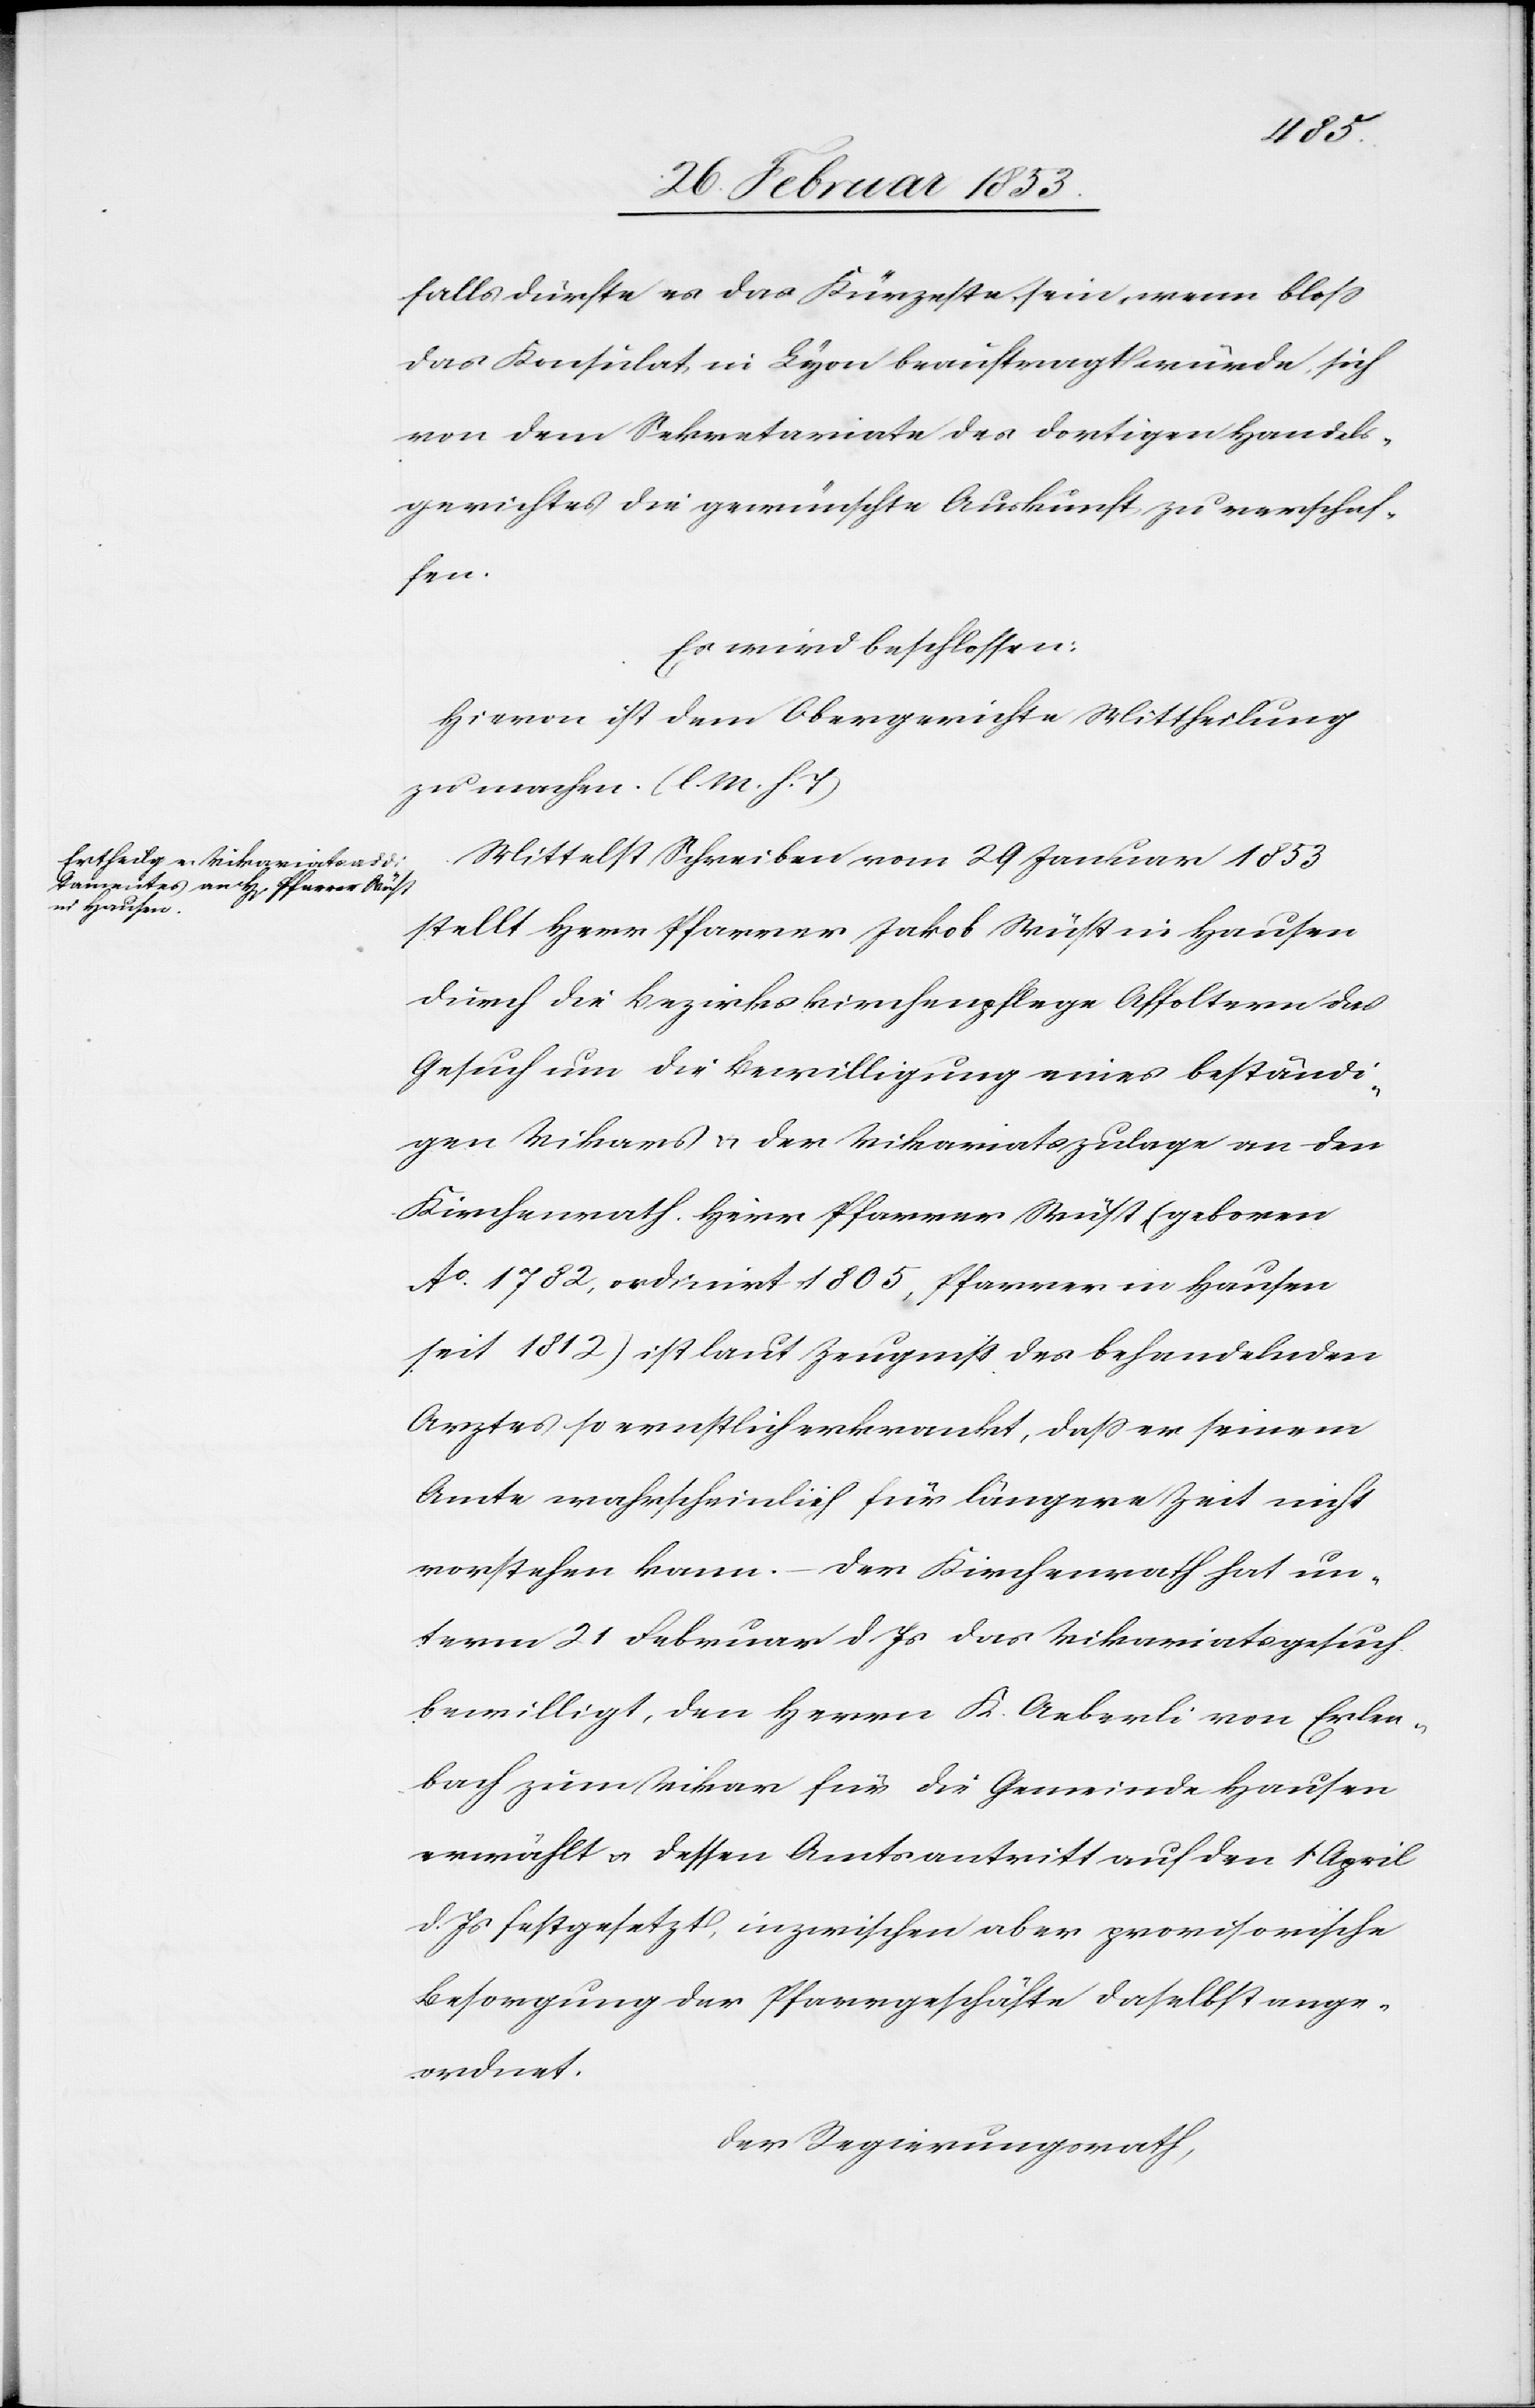
falls dürfte es das Kürzeste sein, wenn bloß
das Konsulat, in Lyon beauftragt würde, sich
von dem Sekretariate des dortigen Handels¬
gerichtes die gewünschte Auskunft zu verschaf¬
fen.
Es wird beschlossen:
Hievon ist dem Obergerichte Mittheilung
zu machen. [l. M. h. T]
Mittelst Schreiben vom 29 Januar 1853
stellt Herr Pfarrer Jakob Wüst in Hausen
durch die Bezirkskirchenpflege Affoltern das
Gesuch um die Bewilligung eines beständi¬
gen Vikars u. der Vikariatszulage an den
Kirchenrath. Herr Pfarrer Wüst (geboren
Ao. 1782, ordinirt 1805, Pfarrer in Hausen
seit 1812) ist laut Zeugniß des behandelnden
Arztes so ernstlich erkrankt, daß er seinem
Amte wahrscheinlich für längere Zeit nicht
vorstehen kann. – Der Kirchenrathe hat un¬
term 21 Februar d. Js. das Vikariatsgesuch
bewilligt, den Herrn K. Aeberli von Erlen¬
bach zum Vikar für die Gemeinde Hausen
erwählt u. dessen Amtsantritt auf den 1 April
d. Js. festgesetzt, inzwischen aber provisorische
Besorgung der Pfarrgeschäfte daselbst ange¬
ordnet.
Der Regierungsrath,